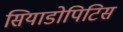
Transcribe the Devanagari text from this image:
सियाडोपिटिस